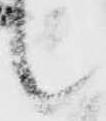
候